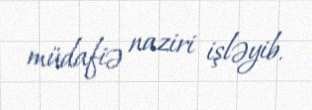
müdafiə naziri işləyib.